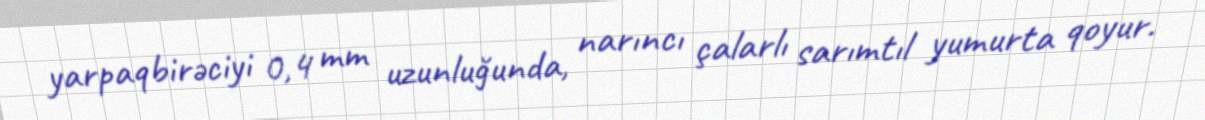
yarpaqbirəciyi 0,4 mm uzunluğunda, narıncı çalarlı sarımtıl yumurta qoyur.